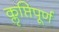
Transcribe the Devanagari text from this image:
कॢप्तिपूर्ण